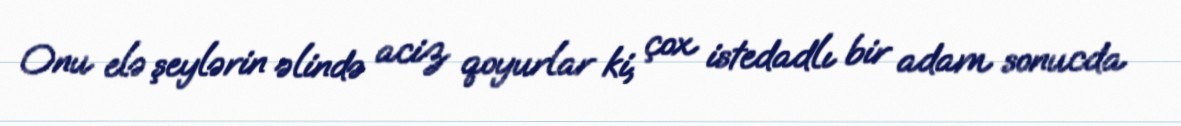
Onu elə şeylərin əlində aciz qoyurlar ki, çox istedadlı bir adam sonucda